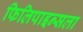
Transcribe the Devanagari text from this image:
फिलिपाइन्सला